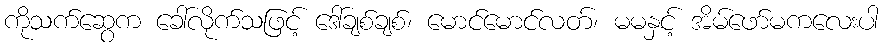
ကိုသက်ဆွေက ခေါ်လိုက်သဖြင့် ဒေါ်ချစ်ချစ်၊ မောင်မောင်လတ်၊ မမနှင့် အိမ်ဖော်မကလေးပါ